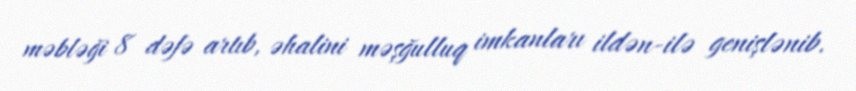
məbləği 8 dəfə artıb, əhalini məşğulluq imkanları ildən-ilə genişlənib.